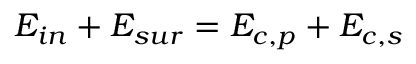
{ { E } _ { i n } } + { { E } _ { s u r } } = { { E } _ { c , p } } + { { E } _ { c , s } }